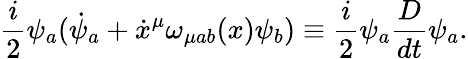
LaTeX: \frac{i}{2}\psi_{a}({\dot{\psi}}_{a}+\dot{x}^{\mu}\omega_{\mu ab}(x)\psi_{b})\equiv\frac{i}{2}\psi_{a}\frac{D}{dt}\psi_{a}.